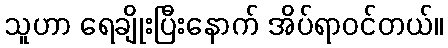
သူဟာ ရေချိုးပြီးနောက် အိပ်ရာဝင်တယ်။